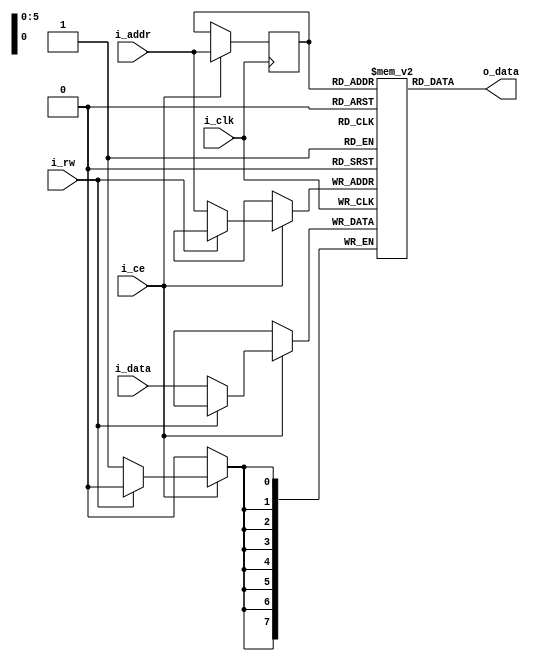
`timescale 1ns / 1ps

module SingleRAM(
    input i_clk,
    input i_ce,
    input i_rw,
    input [5:0] i_addr,
    input [7:0] i_data,
    output [7:0] o_data
    );

    reg [7:0] mem[0:63];
    reg [5:0] r_addr;
    assign o_data = mem[r_addr];
    
    always @(posedge i_clk) begin
        if(i_ce) begin
            if(!i_rw) begin
                mem[i_addr] <= i_data;
            end
            r_addr <= i_addr;
        end
        else begin
        end
    end
endmodule